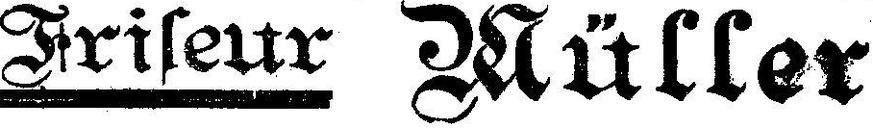
Frileur Müller